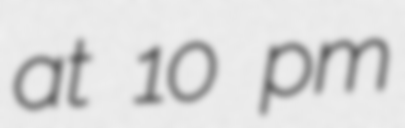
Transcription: at 10 pm